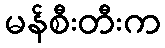
မန်စီးတီးက